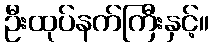
ဦးထုပ်နက်ကြီးနှင့်။